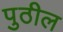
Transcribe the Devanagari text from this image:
पुठील